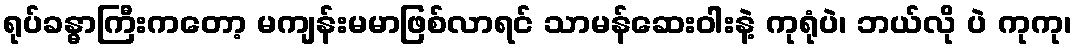
ရုပ်ခန္ဓာကြီးကတော့ မကျန်းမမာဖြစ်လာရင် သာမန်ဆေးဝါးနဲ့ ကုရုံပဲ၊ ဘယ်လို ပဲ ကုကု၊